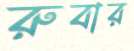
রুবার